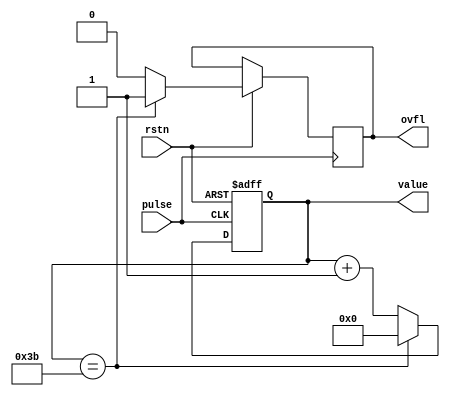
// Counter with Overflow
// George Smart, M1GEO
// https://www.george-smart.co.uk/Numitron-Clock
// 19/10/2019 - 25/11/2019

module counter
	#(
	parameter MAX_VAL = 59
	)(
    input			pulse,
	input			rstn,
    output	[6:0]	value,
	output			ovfl
);
	
	reg [6:0] rcount;
	reg rovfl;
	
	always @ (posedge pulse or negedge rstn) begin
		if (~rstn) begin
			rcount <= 'b0;
		end else begin
			if (rcount == MAX_VAL) begin
				rcount <= 'b0;
				rovfl <= 'b1;
			end else begin
				rcount <= rcount + 1'b1;
				rovfl <= 'b0;
			end
		end
	end
	
	assign ovfl = rovfl;
	assign value = rcount;
endmodule